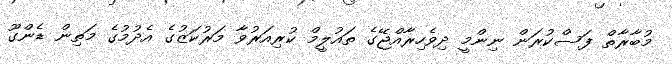
މުބާރާތް ފަސްކުރަން ނިންމީ ދިވެހިރާއްޖޭގެ ތައުލީމް ކުރިއަރުވާ މަރުކަޒުގެ އެދުމުގެ މަތިން ޑެންގޫ